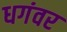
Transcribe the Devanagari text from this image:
धगंवर